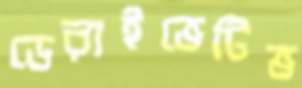
ডেরাইভেটিভ